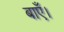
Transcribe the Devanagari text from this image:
बाएँ।